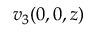
v _ { 3 } ( 0 , 0 , z )